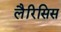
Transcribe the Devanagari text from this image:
लैरिसिस